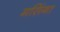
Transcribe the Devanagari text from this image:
मसिंगा